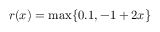
r ( x ) = \operatorname* { m a x } \{ 0 . 1 , - 1 + 2 x \}